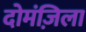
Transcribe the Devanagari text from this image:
दोमंज़िला